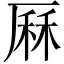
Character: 厤